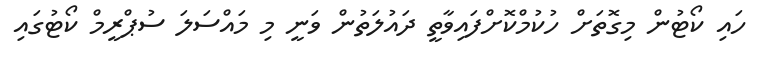
ހައި ކޯޓުން މިގޮތަށް ހުކުމްކޮށްފައިވާތީ ދައުލަތުން ވަނީ މި މައްސަލަ ސުޕްރީމް ކޯޓުގައި